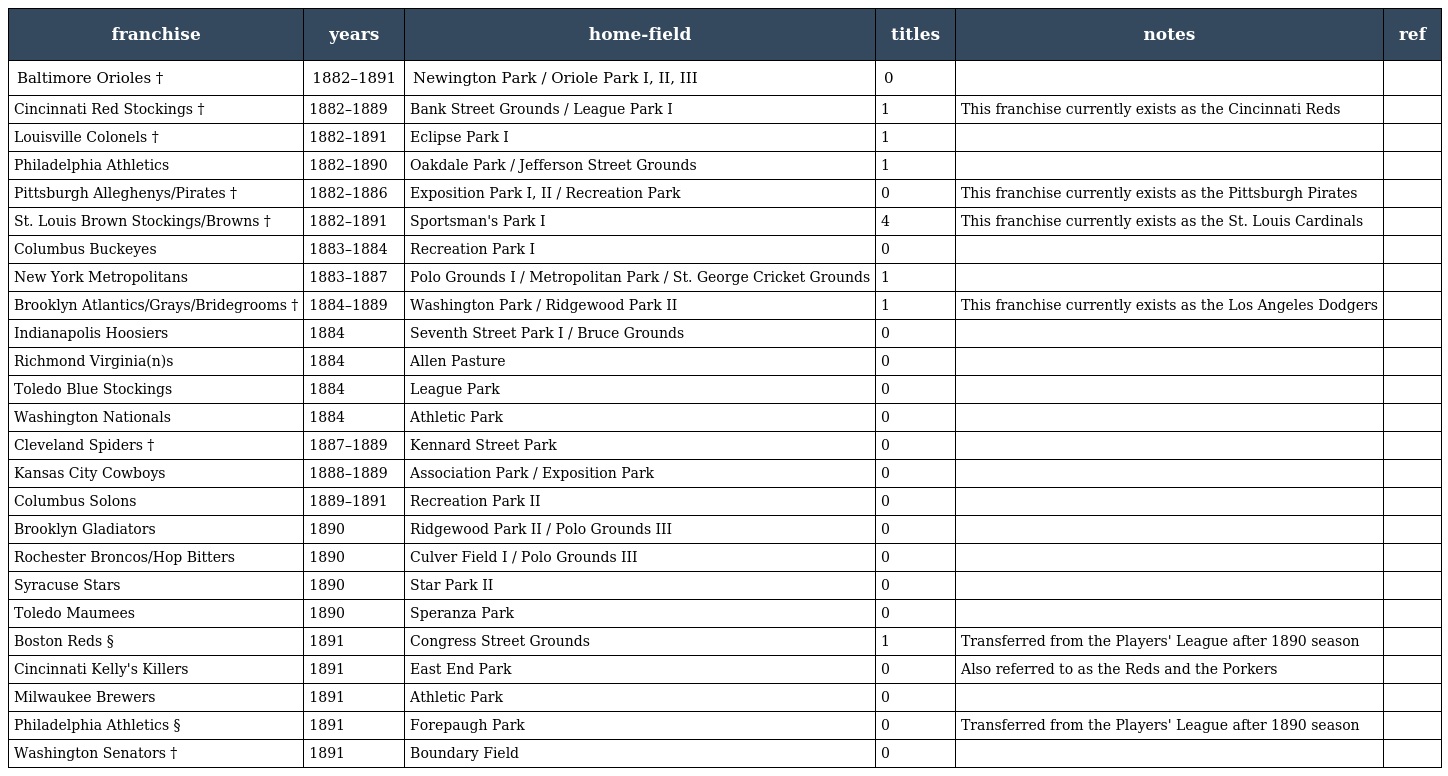
| franchise | years | home-field | titles | notes | ref |
 | --- | --- | --- | --- | --- | --- |
 | Baltimore Orioles † | 1882–1891 | Newington Park / Oriole Park I, II, III | 0 |  |  |
 | Cincinnati Red Stockings † | 1882–1889 | Bank Street Grounds / League Park I | 1 | This franchise currently exists as the Cincinnati Reds |  |
 | Louisville Colonels † | 1882–1891 | Eclipse Park I | 1 |  |  |
 | Philadelphia Athletics | 1882–1890 | Oakdale Park / Jefferson Street Grounds | 1 |  |  |
 | Pittsburgh Alleghenys/Pirates † | 1882–1886 | Exposition Park I, II / Recreation Park | 0 | This franchise currently exists as the Pittsburgh Pirates |  |
 | St. Louis Brown Stockings/Browns † | 1882–1891 | Sportsman's Park I | 4 | This franchise currently exists as the St. Louis Cardinals |  |
 | Columbus Buckeyes | 1883–1884 | Recreation Park I | 0 |  |  |
 | New York Metropolitans | 1883–1887 | Polo Grounds I / Metropolitan Park / St. George Cricket Grounds | 1 |  |  |
 | Brooklyn Atlantics/Grays/Bridegrooms † | 1884–1889 | Washington Park / Ridgewood Park II | 1 | This franchise currently exists as the Los Angeles Dodgers |  |
 | Indianapolis Hoosiers | 1884 | Seventh Street Park I / Bruce Grounds | 0 |  |  |
 | Richmond Virginia(n)s | 1884 | Allen Pasture | 0 |  |  |
 | Toledo Blue Stockings | 1884 | League Park | 0 |  |  |
 | Washington Nationals | 1884 | Athletic Park | 0 |  |  |
 | Cleveland Spiders † | 1887–1889 | Kennard Street Park | 0 |  |  |
 | Kansas City Cowboys | 1888–1889 | Association Park / Exposition Park | 0 |  |  |
 | Columbus Solons | 1889–1891 | Recreation Park II | 0 |  |  |
 | Brooklyn Gladiators | 1890 | Ridgewood Park II / Polo Grounds III | 0 |  |  |
 | Rochester Broncos/Hop Bitters | 1890 | Culver Field I / Polo Grounds III | 0 |  |  |
 | Syracuse Stars | 1890 | Star Park II | 0 |  |  |
 | Toledo Maumees | 1890 | Speranza Park | 0 |  |  |
 | Boston Reds § | 1891 | Congress Street Grounds | 1 | Transferred from the Players' League after 1890 season |  |
 | Cincinnati Kelly's Killers | 1891 | East End Park | 0 | Also referred to as the Reds and the Porkers |  |
 | Milwaukee Brewers | 1891 | Athletic Park | 0 |  |  |
 | Philadelphia Athletics § | 1891 | Forepaugh Park | 0 | Transferred from the Players' League after 1890 season |  |
 | Washington Senators † | 1891 | Boundary Field | 0 |  |  |